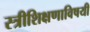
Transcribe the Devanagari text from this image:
स्त्रीशिक्षणाविषयी